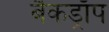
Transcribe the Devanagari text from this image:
बैकड्राॅप